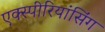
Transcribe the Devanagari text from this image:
एक्स्पीरियांसिंग